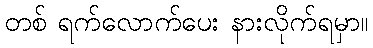
တစ် ရက်လောက်ပေး နားလိုက်ရမှာ။